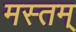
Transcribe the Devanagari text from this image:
मस्तम्